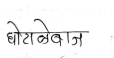
मजकूर: गोटाळेबाज